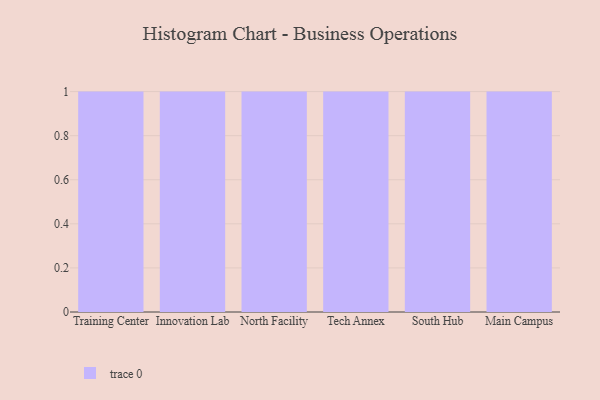
{"axis": {"x": "Campus", "y": "Revenue (USD Million)"}, "legend": [""], "data": [{"x": "Training Center", "y": 71, "type": ""}, {"x": "Innovation Lab", "y": 10, "type": ""}, {"x": "North Facility", "y": 69, "type": ""}, {"x": "Tech Annex", "y": 5, "type": ""}, {"x": "South Hub", "y": 65, "type": ""}, {"x": "Main Campus", "y": 23, "type": ""}]}